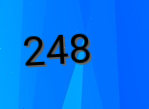
248